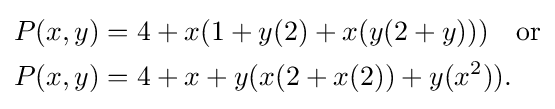
{\begin{aligned}P(x,y)&=4+x(1+y(2)+x(y(2+y)))\quad {\text{or}}\\P(x,y)&=4+x+y(x(2+x(2))+y(x^{2})).\end{aligned}}